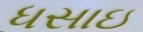
ધસાઇ